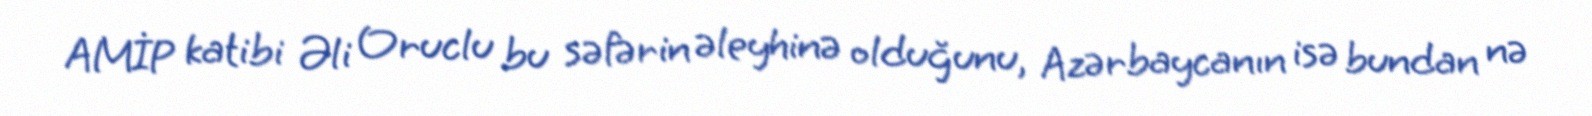
AMİP katibi Əli Oruclu bu səfərin əleyhinə olduğunu, Azərbaycanın isə bundan nə